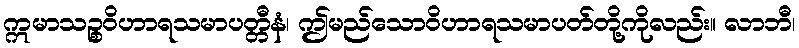
ဣမာသဉ္စဝိဟာရသမာပတ္တီနံ၊ ဤမည်သောဝိဟာရသမာပတ်တို့ကိုလည်း။ လာဘီ၊